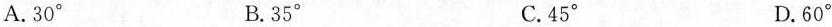
A.30^{\circ} B.35^{\circ} C.45^{\circ} D.60^{\circ}